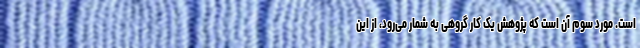
است. مورد سوم آن است که پژوهش یک کار گروهی به شمار می‌رود، از این